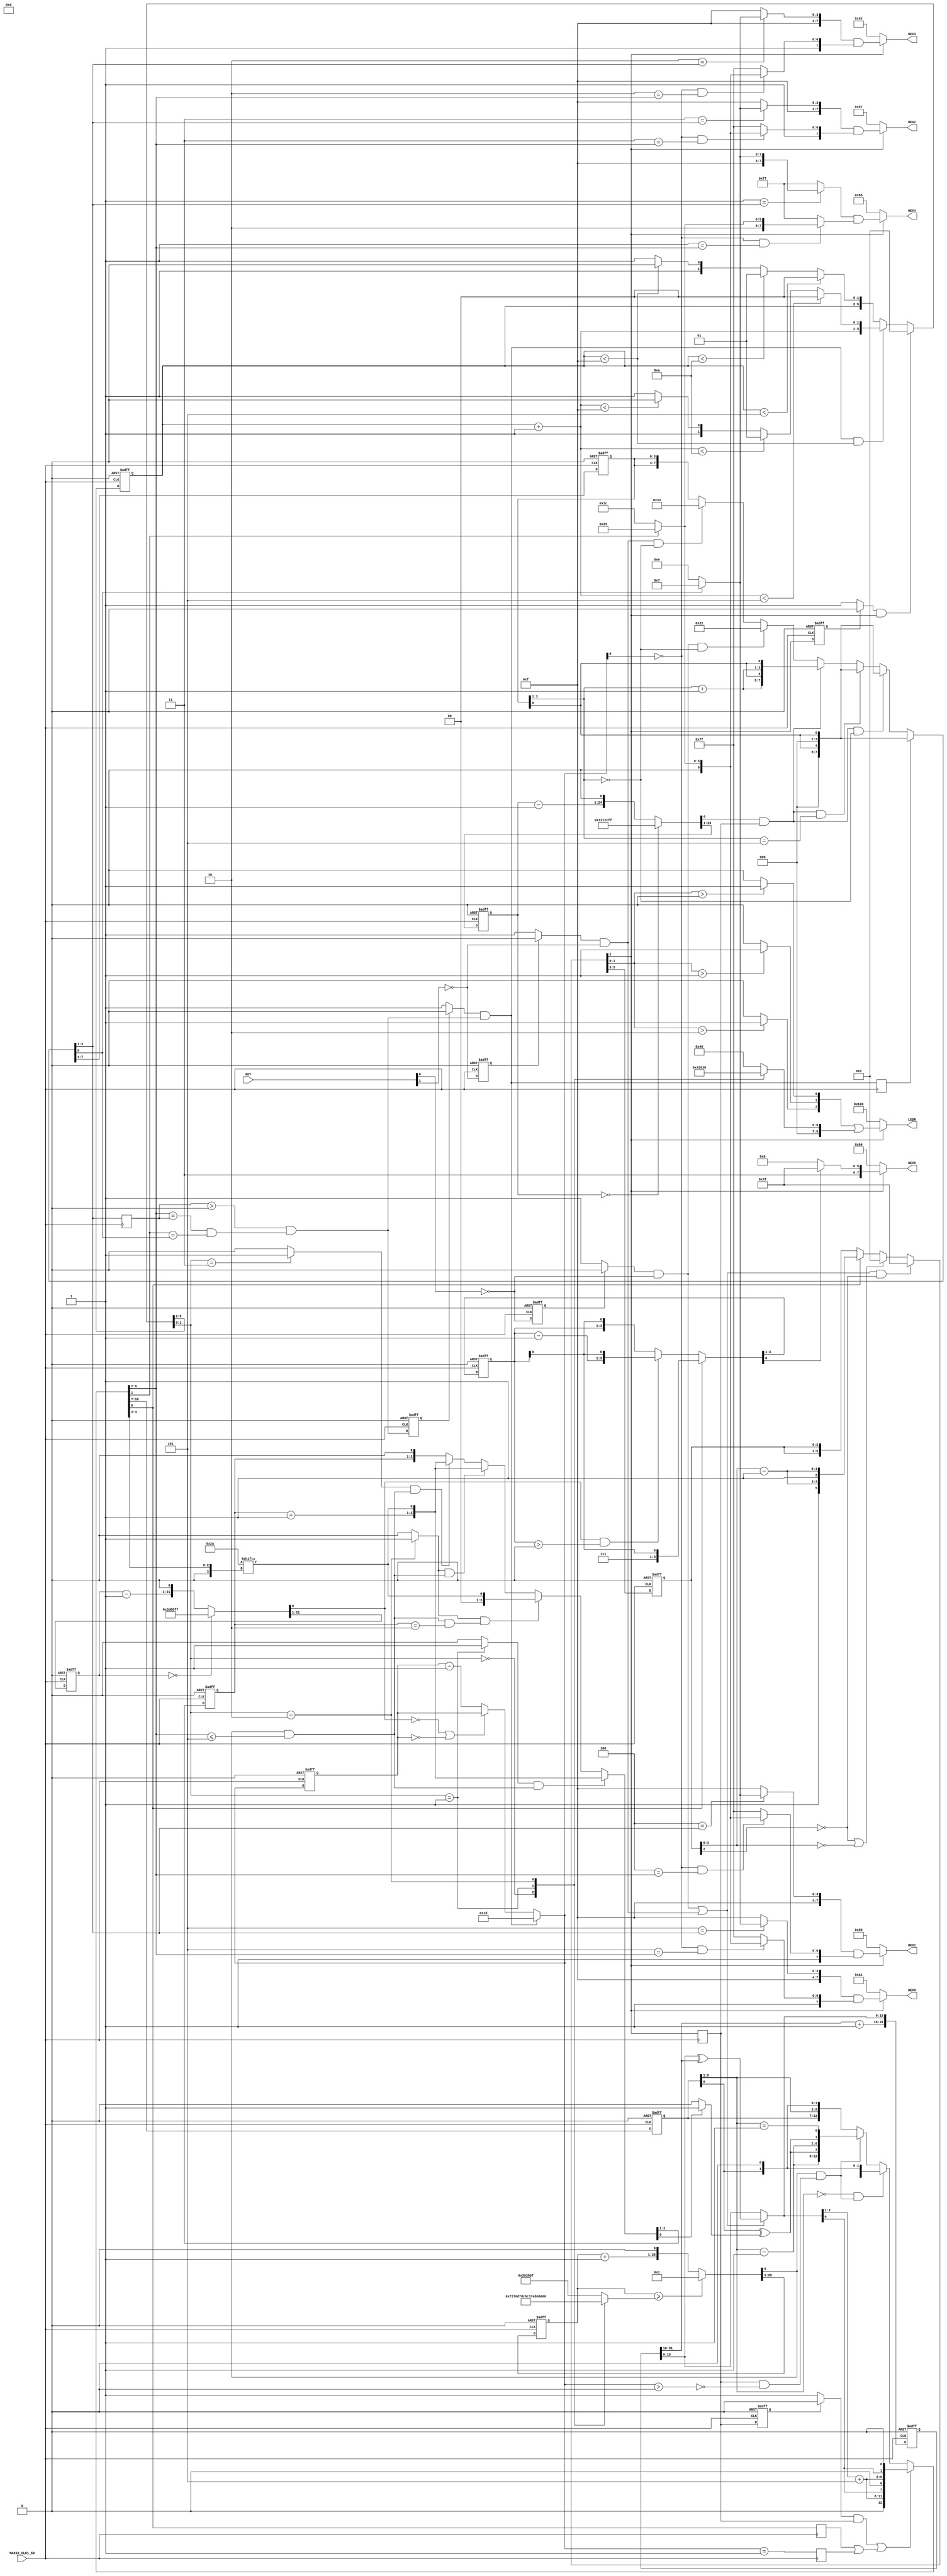
/* AUTOMATICALLY GENERATED VERILOG-2001 SOURCE CODE.
** GENERATED BY CLASH 1.6.4. DO NOT MODIFY.
*/
`timescale 100fs/100fs
module xasted
    ( // Inputs
      input  MAX10_CLK1_50 // clock
    , input [1:0] KEY

      // Outputs
    , output wire [7:0] HEX0
    , output wire [7:0] HEX1
    , output wire [7:0] HEX2
    , output wire [7:0] HEX3
    , output wire [7:0] HEX4
    , output wire [7:0] HEX5
    , output wire [9:0] LEDR
    );
  wire [9:0] result_0;
  wire [1:0] lives;
  wire [9:0] c$case_alt;
  reg [9:0] c$app_arg;
  wire [0:0] c$app_arg_0;
  wire [0:0] c$app_arg_1;
  wire [0:0] c$app_arg_2;
  wire [7:0] result_1;
  wire [7:0] result_2;
  wire [3:0] c$case_alt_0;
  wire [3:0] c$case_alt_1;
  wire  c$app_arg_3;
  reg [2:0] c$ds8_app_arg = 3'd0;
  wire [7:0] result_3;
  wire [2:0] bh;
  wire  bv;
  wire [4:0] ah;
  wire  av;
  wire  ahide;
  wire [7:0] c$case_alt_2;
  wire [7:0] c$case_alt_3;
  wire [7:0] c$case_alt_4;
  wire [7:0] c$app_arg_4;
  wire [7:0] c$case_alt_5;
  wire [7:0] result_4;
  wire [2:0] bh_0;
  wire  bv_0;
  wire [4:0] ah_0;
  wire  av_0;
  wire  ahide_0;
  wire [7:0] c$case_alt_6;
  wire [7:0] c$case_alt_7;
  wire [7:0] c$case_alt_8;
  wire [7:0] c$app_arg_5;
  wire [7:0] c$case_alt_9;
  wire [7:0] result_5;
  wire [2:0] bh_1;
  wire  bv_1;
  wire [4:0] ah_1;
  wire  av_1;
  wire  ahide_1;
  wire [7:0] c$case_alt_10;
  wire [7:0] c$case_alt_11;
  wire [7:0] c$case_alt_12;
  wire [7:0] c$app_arg_6;
  wire [7:0] c$case_alt_13;
  wire [7:0] result_6;
  wire [2:0] bh_2;
  wire  bv_2;
  wire [4:0] ah_2;
  wire  av_2;
  wire  ahide_2;
  wire [7:0] c$case_alt_14;
  wire [7:0] c$case_alt_15;
  wire [7:0] c$case_alt_16;
  wire [7:0] c$app_arg_7;
  wire [7:0] c$case_alt_17;
  wire [7:0] result_7;
  wire [2:0] bh_3;
  wire  bv_3;
  wire [4:0] ah_3;
  wire  av_3;
  wire  ahide_3;
  wire [7:0] c$case_alt_18;
  wire [7:0] c$case_alt_19;
  wire [7:0] c$case_alt_20;
  wire [7:0] c$app_arg_8;
  wire [7:0] c$case_alt_21;
  wire [10:0] positionsH;
  wire [0:0] bv_4;
  wire  result_8;
  wire [25:0] result_9;
  reg [24:0] maxVal;
  wire [1:0] level;
  wire [1:0] ds;
  wire [5:0] c$case_alt_22;
  wire  reset;
  wire [5:0] c$case_alt_23;
  wire  shot;
  wire [1:0] result_10;
  wire [1:0] c$case_alt_24;
  wire [1:0] c$case_alt_25;
  wire [3:0] c$app_arg_9;
  wire [1:0] c$app_arg_10;
  wire [1:0] c$case_alt_26;
  wire [1:0] c$case_alt_27;
  wire  c$app_arg_11;
  wire  c$ds6_app_arg;
  reg  old = 1'b0;
  wire  result_11;
  wire  c$shot_app_arg;
  reg  old_0 = 1'b0;
  wire  c$s_case_alt;
  wire  asteroidVPos;
  wire  bulletVPos;
  reg [2:0] c$ds_app_arg = 3'd0;
  wire [2:0] bulletHPos;
  wire [3:0] ds1;
  wire [7:0] c$case_alt_28;
  wire  remove;
  wire [7:0] c$case_alt_29;
  wire [7:0] c$case_alt_30;
  wire [7:0] c$case_alt_31;
  wire  move;
  wire [7:0] c$case_alt_32;
  wire  v;
  wire [7:0] c$case_alt_33;
  wire  fireTop;
  wire  fireBottom;
  wire  c$app_arg_12;
  wire [2:0] h;
  reg  c$ds8_app_arg_0 = 1'b0;
  reg  playingP = 1'b0;
  wire  playing;
  wire [1:0] ds1_0;
  wire [5:0] c$case_alt_34;
  wire [5:0] c$case_alt_35;
  wire  restart;
  wire [5:0] c$case_alt_36;
  wire  shipHit;
  wire [1:0] lives_0;
  wire  c$app_arg_13;
  wire  playing_0;
  wire  hitShip;
  wire [8:0] ds1_1;
  wire [12:0] c$case_alt_37;
  wire  reset_0;
  wire [12:0] c$case_alt_38;
  wire  iv;
  wire [4:0] ih;
  wire [12:0] c$case_alt_39;
  wire  move_0;
  wire  c$app_arg_14;
  wire [0:0] c$app_arg_15;
  wire  flipV;
  wire [4:0] c$app_arg_16;
  wire  v_0;
  wire [4:0] h_0;
  wire [15:0] c$ds8_app_arg_1;
  wire [15:0] rand;
  wire [15:0] counter;
  wire [15:0] randomValue;
  wire [15:0] \randomValue' ;
  wire [47:0] result_12;
  reg [31:0] c$ds9_app_arg = {16'b0000000000000000,   16'b0000000000000000};
  wire [5:0] ds_0;
  wire [2:0] c$case_alt_40;
  wire [2:0] c$case_alt_41;
  wire [2:0] c$case_alt_42;
  wire [2:0] c$case_alt_43;
  wire  c$app_arg_17;
  wire [2:0] pos;
  reg  c$app_arg_18;
  wire  tick;
  reg  c$app_arg_19;
  reg  c$app_arg_20;
  wire [1:0] level_0;
  wire [4:0] asteroidHPos;
  reg [1:0] c$ds7_app_arg = 2'd0;
  reg  c$ds8_app_arg_2 = 1'b0;
  reg  c$ds8_app_arg_3 = 1'b0;
  wire  c$ds8_app_arg_4;
  reg  old_1 = 1'b0;
  wire  asteroidTick;
  wire [4:0] flashCt;
  wire [4:0] \flashCount' ;
  wire [9:0] result_13;
  wire [4:0] \c$flashCount'_case_alt ;
  wire  flashTick;
  reg [4:0] c$ds4_app_arg = 5'd8;
  reg [5:0] c$ds8_app_arg_5 = {5'd9,   1'b0};
  reg [2:0] c$ds8_app_arg_6 = {1'b0,   2'd0};
  reg [24:0] result_14;
  reg [23:0] ds_1 = 24'd0;
  reg [3:0] c$ds8_app_arg_7 = {3'd0,   1'b0};
  reg [3:0] c$ds6_app_arg_0 = 4'd0;
  reg [24:0] count = 25'd0;
  reg [21:0] result_15;
  reg [20:0] ds_2 = 21'd0;
  wire  result_16;
  wire  c$fireTop_app_arg;
  reg  old_2 = 1'b0;
  wire  press0;
  wire  result_17;
  wire  c$fireBottom_app_arg;
  reg  old_3 = 1'b0;
  wire  press1;
  wire  c$old_app_arg;
  wire [2:0] c$bv;
  wire [4:0] c$bv_0;
  wire signed [63:0] c$i_148;
  wire [5:0] c$bv_1;
  wire [57:0] result;

  assign result = {result_7,   result_6,
                   result_5,   result_4,   result_3,   result_1,
                   result_0};

  assign result_0 = playing ? c$case_alt : 10'b0100000000;

  assign lives = c$case_alt_34[1:0];

  assign c$case_alt = ({7'b0000000,(({(c$app_arg_2),(({(c$app_arg_1),(c$app_arg_0)}))}))}) | c$app_arg;

  always @(*) begin
    case(level)
      2'b00 : c$app_arg = 10'b0000010000;
      2'b01 : c$app_arg = 10'b0000100000;
      2'b10 : c$app_arg = 10'b0000110000;
      default : c$app_arg = 10'b0001000000;
    endcase
  end

  assign c$app_arg_0 = (lives > 2'd0) ? 1'b1 : 1'b0;

  assign c$app_arg_1 = (lives > 2'd1) ? 1'b1 : 1'b0;

  assign c$app_arg_2 = (lives > 2'd2) ? 1'b1 : 1'b0;

  assign result_1 = playing ? result_2 : 8'b10110110;

  assign result_2 = c$case_alt_0[0:0] ? 8'b11111111 : 8'b11000110;

  assign c$case_alt_0 = hitShip ? {3'd7,
                                   c$app_arg_3} : c$case_alt_1;

  assign c$case_alt_1 = (flashTick & (c$ds8_app_arg > 3'd0)) ? {c$ds8_app_arg - 3'd1,
                                                                c$app_arg_3} : {c$ds8_app_arg,   c$app_arg_3};

  assign c$bv = (c$ds8_app_arg);

  assign c$app_arg_3 = (c$bv[64'sd0]) == (1'b1);

  // register begin
  always @(posedge MAX10_CLK1_50 or  posedge  c$old_app_arg) begin : c$ds8_app_arg_register
    if ( c$old_app_arg) begin
      c$ds8_app_arg <= 3'd0;
    end else begin
      c$ds8_app_arg <= c$case_alt_0[3:1];
    end
  end
  // register end

  assign result_3 = playing ? c$case_alt_2 : 8'b10001000;

  assign bh = positionsH[10:8];

  assign bv = positionsH[7:7];

  assign ah = positionsH[6:2];

  assign av = positionsH[1:1];

  assign ahide = positionsH[0:0];

  assign c$case_alt_2 = c$app_arg_4 & c$case_alt_3;

  assign c$case_alt_3 = ((~ ahide) & (5'd1 == ah)) ? c$case_alt_4 : 8'b11111111;

  assign c$case_alt_4 = (av == 1'b0) ? 8'b10011100 : 8'b10100011;

  assign c$app_arg_4 = (3'd1 == bh) ? c$case_alt_5 : 8'b11111111;

  assign c$case_alt_5 = (bv == 1'b0) ? 8'b11111110 : 8'b11110111;

  assign result_4 = playing ? c$case_alt_6 : 8'b10010010;

  assign bh_0 = positionsH[10:8];

  assign bv_0 = positionsH[7:7];

  assign ah_0 = positionsH[6:2];

  assign av_0 = positionsH[1:1];

  assign ahide_0 = positionsH[0:0];

  assign c$case_alt_6 = c$app_arg_5 & c$case_alt_7;

  assign c$case_alt_7 = ((~ ahide_0) & (5'd2 == ah_0)) ? c$case_alt_8 : 8'b11111111;

  assign c$case_alt_8 = (av_0 == 1'b0) ? 8'b10011100 : 8'b10100011;

  assign c$app_arg_5 = (3'd2 == bh_0) ? c$case_alt_9 : 8'b11111111;

  assign c$case_alt_9 = (bv_0 == 1'b0) ? 8'b11111110 : 8'b11110111;

  assign result_5 = playing ? c$case_alt_10 : 8'b10000111;

  assign bh_1 = positionsH[10:8];

  assign bv_1 = positionsH[7:7];

  assign ah_1 = positionsH[6:2];

  assign av_1 = positionsH[1:1];

  assign ahide_1 = positionsH[0:0];

  assign c$case_alt_10 = c$app_arg_6 & c$case_alt_11;

  assign c$case_alt_11 = ((~ ahide_1) & (5'd3 == ah_1)) ? c$case_alt_12 : 8'b11111111;

  assign c$case_alt_12 = (av_1 == 1'b0) ? 8'b10011100 : 8'b10100011;

  assign c$app_arg_6 = (3'd3 == bh_1) ? c$case_alt_13 : 8'b11111111;

  assign c$case_alt_13 = (bv_1 == 1'b0) ? 8'b11111110 : 8'b11110111;

  assign result_6 = playing ? c$case_alt_14 : 8'b10000110;

  assign bh_2 = positionsH[10:8];

  assign bv_2 = positionsH[7:7];

  assign ah_2 = positionsH[6:2];

  assign av_2 = positionsH[1:1];

  assign ahide_2 = positionsH[0:0];

  assign c$case_alt_14 = c$app_arg_7 & c$case_alt_15;

  assign c$case_alt_15 = ((~ ahide_2) & (5'd4 == ah_2)) ? c$case_alt_16 : 8'b11111111;

  assign c$case_alt_16 = (av_2 == 1'b0) ? 8'b10011100 : 8'b10100011;

  assign c$app_arg_7 = (3'd4 == bh_2) ? c$case_alt_17 : 8'b11111111;

  assign c$case_alt_17 = (bv_2 == 1'b0) ? 8'b11111110 : 8'b11110111;

  assign result_7 = playing ? c$case_alt_18 : 8'b10100001;

  assign bh_3 = positionsH[10:8];

  assign bv_3 = positionsH[7:7];

  assign ah_3 = positionsH[6:2];

  assign av_3 = positionsH[1:1];

  assign ahide_3 = positionsH[0:0];

  assign c$case_alt_18 = c$app_arg_8 & c$case_alt_19;

  assign c$case_alt_19 = ((~ ahide_3) & (5'd5 == ah_3)) ? c$case_alt_20 : 8'b11111111;

  assign c$case_alt_20 = (av_3 == 1'b0) ? 8'b10011100 : 8'b10100011;

  assign c$app_arg_8 = (3'd5 == bh_3) ? c$case_alt_21 : 8'b11111111;

  assign c$case_alt_21 = (bv_3 == 1'b0) ? 8'b11111110 : 8'b11110111;

  assign positionsH = {bulletHPos,   bulletVPos,
                       asteroidHPos,   asteroidVPos,   result_8};

  assign c$bv_0 = ((flashCt));

  assign bv_4 = (( c$bv_0[0] ));

  assign result_8 = bv_4 == 1'b1;

  assign result_9 = (count >= maxVal) ? {25'd0,
                                         1'b1} : {count + 25'd1,   1'b0};

  always @(*) begin
    case(level)
      2'b00 : maxVal = 25'd29999999;
      2'b01 : maxVal = 25'd14999999;
      2'b10 : maxVal = 25'd7499999;
      default : maxVal = 25'd3749999;
    endcase
  end

  assign level = c$case_alt_22[1:0];

  assign ds = {result_11,
               c$ds6_app_arg & playing};

  assign c$case_alt_22 = reset ? {4'd0,
                                  2'd0} : c$case_alt_23;

  assign reset = ds[0:0];

  assign c$case_alt_23 = (shot & c$app_arg_11) ? {c$app_arg_9,
                                                  result_10} : {c$ds6_app_arg_0,   c$app_arg_10};

  assign shot = ds[1:1];

  assign result_10 = (c$app_arg_9 < 4'd5) ? 2'd0 : c$case_alt_24;

  assign c$case_alt_24 = (c$app_arg_9 < 4'd10) ? 2'd1 : c$case_alt_25;

  assign c$case_alt_25 = (c$app_arg_9 < 4'd15) ? 2'd2 : 2'd3;

  assign c$app_arg_9 = c$ds6_app_arg_0 + 4'd1;

  assign c$app_arg_10 = (c$ds6_app_arg_0 < 4'd5) ? 2'd0 : c$case_alt_26;

  assign c$case_alt_26 = (c$ds6_app_arg_0 < 4'd10) ? 2'd1 : c$case_alt_27;

  assign c$case_alt_27 = c$app_arg_11 ? 2'd2 : 2'd3;

  assign c$app_arg_11 = c$ds6_app_arg_0 < 4'd15;

  assign c$ds6_app_arg = old ? 1'b0 : 1'b1;

  // register begin
  always @(posedge MAX10_CLK1_50 or  posedge  c$old_app_arg) begin : old_register
    if ( c$old_app_arg) begin
      old <= 1'b0;
    end else begin
      old <= playing;
    end
  end
  // register end

  assign result_11 = c$shot_app_arg & c$s_case_alt;

  assign c$shot_app_arg = old_0 ? 1'b0 : 1'b1;

  // register begin
  always @(posedge MAX10_CLK1_50 or  posedge  c$old_app_arg) begin : old_0_register
    if ( c$old_app_arg) begin
      old_0 <= 1'b0;
    end else begin
      old_0 <= c$s_case_alt;
    end
  end
  // register end

  assign c$s_case_alt = (c$ds_app_arg > 3'd0) & ((asteroidHPos == ({{(5-3) {1'b0}},c$ds_app_arg})) & (asteroidVPos == bulletVPos));

  assign asteroidVPos = c$case_alt_37[1:1];

  assign bulletVPos = c$case_alt_28[0:0];

  // delay begin
  always @(posedge MAX10_CLK1_50) begin : c$ds_app_arg_delay
    c$ds_app_arg <= bulletHPos;
  end
  // delay end

  assign bulletHPos = c$case_alt_28[3:1];

  assign ds1 = {result_14[0:0] & playingP,
                c$ds8_app_arg_0,   result_16,   result_17};

  assign c$case_alt_28 = remove ? {{3'd0,   v},
                                   {3'd0,   v}} : c$case_alt_29;

  assign remove = ds1[2:2];

  assign c$case_alt_29 = (move & c$app_arg_12) ? {{3'd0,
                                                   v},   {3'd0,   v}} : c$case_alt_30;

  assign c$case_alt_30 = (move & (h == 3'd5)) ? {{3'd0,
                                                  v},   {3'd0,   v}} : c$case_alt_31;

  assign c$case_alt_31 = move ? {{h + 3'd1,   v},
                                 {h + 3'd1,   v}} : c$case_alt_32;

  assign move = ds1[3:3];

  assign c$case_alt_32 = (fireTop & c$app_arg_12) ? {{3'd1,
                                                      1'b0},   {3'd1,   1'b0}} : c$case_alt_33;

  assign v = c$ds8_app_arg_7[0:0];

  assign c$case_alt_33 = (fireBottom & c$app_arg_12) ? {{3'd1,
                                                         1'b1},   {3'd1,   1'b1}} : {c$ds8_app_arg_7,
                                                                                     c$ds8_app_arg_7};

  assign fireTop = ds1[1:1];

  assign fireBottom = ds1[0:0];

  assign c$app_arg_12 = h == 3'd0;

  assign h = c$ds8_app_arg_7[3:1];

  // delay begin
  always @(posedge MAX10_CLK1_50) begin : c$ds8_app_arg_0_delay
    c$ds8_app_arg_0 <= result_11;
  end
  // delay end

  // delay begin
  always @(posedge MAX10_CLK1_50) begin : playingP_delay
    playingP <= playing;
  end
  // delay end

  assign playing = c$case_alt_34[2:2];

  assign ds1_0 = {hitShip,
                  result_16 | result_17};

  assign c$case_alt_34 = (restart & c$app_arg_13) ? {{1'b1,
                                                      2'd3},   {1'b1,   2'd3}} : c$case_alt_35;

  assign c$case_alt_35 = (c$app_arg_13 | (lives_0 == 2'd0)) ? {{1'b0,
                                                                2'd0},   {1'b0,   2'd0}} : c$case_alt_36;

  assign restart = ds1_0[0:0];

  assign c$case_alt_36 = shipHit ? {{1'b1,
                                     lives_0 - 2'd1},   {1'b1,
                                                         lives_0 - 2'd1}} : {c$ds8_app_arg_6,
                                                                             c$ds8_app_arg_6};

  assign shipHit = ds1_0[1:1];

  assign lives_0 = c$ds8_app_arg_6[1:0];

  assign c$app_arg_13 = ~ playing_0;

  assign playing_0 = c$ds8_app_arg_6[2:2];

  assign hitShip = c$case_alt_37[0:0];

  assign ds1_1 = {asteroidTick & (playingP & (~ (flashCt > 5'd0))),
                  (c$ds8_app_arg_4 & playingP) | (c$ds8_app_arg_3 | c$ds8_app_arg_2),
                  c$case_alt_40[0:0],
                  (({2'b00,(c$ds8_app_arg_1[3 : 1])})) + 5'd5,
                   c$ds8_app_arg_1[0] };

  assign c$case_alt_37 = reset_0 ? {{ih,   iv},
                                    {ih,   iv,   1'b0}} : c$case_alt_38;

  assign reset_0 = ds1_1[7:7];

  assign c$case_alt_38 = ((h_0 == 5'd0) & move_0) ? {{5'd0,
                                                      v_0},   {5'd0,   v_0,   1'b0}} : c$case_alt_39;

  assign iv = ds1_1[0:0];

  assign ih = ds1_1[5:1];

  assign c$case_alt_39 = move_0 ? {{c$app_arg_16,
                                    c$app_arg_14},   {c$app_arg_16,
                                                      c$app_arg_14,
                                                      h_0 == 5'd1}} : {c$ds8_app_arg_5,   {h_0,
                                                                                           v_0,   1'b0}};

  assign move_0 = ds1_1[8:8];

  assign c$app_arg_14 = v_0 ^ ((c$app_arg_15));

  assign c$app_arg_15 = flipV ? 1'b1 : 1'b0;

  assign flipV = ds1_1[6:6];

  assign c$app_arg_16 = h_0 - 5'd1;

  assign v_0 = c$ds8_app_arg_5[0:0];

  assign h_0 = c$ds8_app_arg_5[5:1];

  assign c$ds8_app_arg_1 = rand;

  assign rand = result_12[15:0];

  assign counter = c$ds9_app_arg[31:16];

  assign randomValue = c$ds9_app_arg[15:0];

  assign \randomValue'  = (result_16 | result_17) ? (randomValue ^ counter) : randomValue;

  assign result_12 = {{counter + 16'b0000000000000001,
                       \randomValue' },   \randomValue' };

  // register begin
  always @(posedge MAX10_CLK1_50 or  posedge  c$old_app_arg) begin : c$ds9_app_arg_register
    if ( c$old_app_arg) begin
      c$ds9_app_arg <= {16'b0000000000000000,   16'b0000000000000000};
    end else begin
      c$ds9_app_arg <= result_12[47:16];
    end
  end
  // register end

  assign c$i_148 = ($unsigned({{(64-5) {1'b0}},asteroidHPos}));

  assign ds_0 = {level,
                 $unsigned(c$i_148[0+:3]),
                 asteroidTick & (asteroidHPos <= 5'd5)};

  assign c$case_alt_40 = (c$app_arg_20 & tick) ? {c$ds7_app_arg + 2'd1,
                                                  c$app_arg_17} : c$case_alt_41;

  assign c$case_alt_41 = (c$app_arg_19 & (tick & (c$ds7_app_arg == 2'd2))) ? {2'd0,
                                                                              c$app_arg_17} : c$case_alt_42;

  assign c$case_alt_42 = (c$app_arg_19 & tick) ? {c$ds7_app_arg + 2'd1,
                                                  c$app_arg_17} : c$case_alt_43;

  assign c$case_alt_43 = (c$app_arg_18 & tick) ? {c$ds7_app_arg + 2'd1,
                                                  c$app_arg_17} : {c$ds7_app_arg,   1'b0};

  assign c$bv_1 = 6'b101010;

  assign c$app_arg_17 = (c$bv_1[($unsigned({{(64-3) {1'b0}},pos}))]) == (1'b1);

  assign pos = ds_0[3:1];

  always @(*) begin
    case(level_0)
      2'b11 : c$app_arg_18 = 1'b1;
      default : c$app_arg_18 = 1'b0;
    endcase
  end

  assign tick = ds_0[0:0];

  always @(*) begin
    case(level_0)
      2'b10 : c$app_arg_19 = 1'b1;
      default : c$app_arg_19 = 1'b0;
    endcase
  end

  always @(*) begin
    case(level_0)
      2'b01 : c$app_arg_20 = 1'b1;
      default : c$app_arg_20 = 1'b0;
    endcase
  end

  assign level_0 = ds_0[5:4];

  assign asteroidHPos = c$case_alt_37[6:2];

  // register begin
  always @(posedge MAX10_CLK1_50 or  posedge  c$old_app_arg) begin : c$ds7_app_arg_register
    if ( c$old_app_arg) begin
      c$ds7_app_arg <= 2'd0;
    end else begin
      c$ds7_app_arg <= c$case_alt_40[2:1];
    end
  end
  // register end

  // delay begin
  always @(posedge MAX10_CLK1_50) begin : c$ds8_app_arg_2_delay
    c$ds8_app_arg_2 <= (flashCt == 5'd1);
  end
  // delay end

  // delay begin
  always @(posedge MAX10_CLK1_50) begin : c$ds8_app_arg_3_delay
    c$ds8_app_arg_3 <= hitShip;
  end
  // delay end

  assign c$ds8_app_arg_4 = old_1 ? 1'b0 : 1'b1;

  // register begin
  always @(posedge MAX10_CLK1_50 or  posedge  c$old_app_arg) begin : old_1_register
    if ( c$old_app_arg) begin
      old_1 <= 1'b0;
    end else begin
      old_1 <= playingP;
    end
  end
  // register end

  assign asteroidTick = result_9[0:0];

  assign flashCt = result_13[4:0];

  assign \flashCount'  = result_11 ? 5'd29 : \c$flashCount'_case_alt ;

  assign result_13 = {\flashCount' ,
                      \flashCount' };

  assign \c$flashCount'_case_alt  = ((~ flashTick) | (c$ds4_app_arg == 5'd0)) ? c$ds4_app_arg : (c$ds4_app_arg - 5'd1);

  assign flashTick = result_15[0:0];

  // register begin
  always @(posedge MAX10_CLK1_50 or  posedge  c$old_app_arg) begin : c$ds4_app_arg_register
    if ( c$old_app_arg) begin
      c$ds4_app_arg <= 5'd8;
    end else begin
      c$ds4_app_arg <= result_13[9:5];
    end
  end
  // register end

  // register begin
  always @(posedge MAX10_CLK1_50 or  posedge  c$old_app_arg) begin : c$ds8_app_arg_5_register
    if ( c$old_app_arg) begin
      c$ds8_app_arg_5 <= {5'd9,   1'b0};
    end else begin
      c$ds8_app_arg_5 <= c$case_alt_37[12:7];
    end
  end
  // register end

  // register begin
  always @(posedge MAX10_CLK1_50 or  posedge  c$old_app_arg) begin : c$ds8_app_arg_6_register
    if ( c$old_app_arg) begin
      c$ds8_app_arg_6 <= {1'b0,   2'd0};
    end else begin
      c$ds8_app_arg_6 <= c$case_alt_34[5:3];
    end
  end
  // register end

  always @(*) begin
    case(ds_1)
      24'd0 : result_14 = {24'd9999999,   1'b1};
      default : result_14 = {ds_1 - 24'd1,   1'b0};
    endcase
  end

  // register begin
  always @(posedge MAX10_CLK1_50 or  posedge  c$old_app_arg) begin : ds_1_register
    if ( c$old_app_arg) begin
      ds_1 <= 24'd0;
    end else begin
      ds_1 <= result_14[24:1];
    end
  end
  // register end

  // register begin
  always @(posedge MAX10_CLK1_50 or  posedge  c$old_app_arg) begin : c$ds8_app_arg_7_register
    if ( c$old_app_arg) begin
      c$ds8_app_arg_7 <= {3'd0,   1'b0};
    end else begin
      c$ds8_app_arg_7 <= c$case_alt_28[7:4];
    end
  end
  // register end

  // register begin
  always @(posedge MAX10_CLK1_50 or  posedge  c$old_app_arg) begin : c$ds6_app_arg_0_register
    if ( c$old_app_arg) begin
      c$ds6_app_arg_0 <= 4'd0;
    end else begin
      c$ds6_app_arg_0 <= c$case_alt_22[5:2];
    end
  end
  // register end

  // register begin
  always @(posedge MAX10_CLK1_50 or  posedge  c$old_app_arg) begin : count_register
    if ( c$old_app_arg) begin
      count <= 25'd0;
    end else begin
      count <= result_9[25:1];
    end
  end
  // register end

  always @(*) begin
    case(ds_2)
      21'd0 : result_15 = {21'd1999999,   1'b1};
      default : result_15 = {ds_2 - 21'd1,   1'b0};
    endcase
  end

  // register begin
  always @(posedge MAX10_CLK1_50 or  posedge  c$old_app_arg) begin : ds_2_register
    if ( c$old_app_arg) begin
      ds_2 <= 21'd0;
    end else begin
      ds_2 <= result_15[21:1];
    end
  end
  // register end

  assign result_16 = c$fireTop_app_arg & press0;

  assign c$fireTop_app_arg = old_2 ? 1'b0 : 1'b1;

  // register begin
  always @(posedge MAX10_CLK1_50 or  posedge  c$old_app_arg) begin : old_2_register
    if ( c$old_app_arg) begin
      old_2 <= 1'b0;
    end else begin
      old_2 <= press0;
    end
  end
  // register end

  assign press0 = ~ ((KEY[64'sd0]) == (1'b1));

  assign result_17 = c$fireBottom_app_arg & press1;

  assign c$fireBottom_app_arg = old_3 ? 1'b0 : 1'b1;

  // register begin
  always @(posedge MAX10_CLK1_50 or  posedge  c$old_app_arg) begin : old_3_register
    if ( c$old_app_arg) begin
      old_3 <= 1'b0;
    end else begin
      old_3 <= press1;
    end
  end
  // register end

  assign press1 = ~ ((KEY[64'sd1]) == (1'b1));

  assign c$old_app_arg = 1'b0;

  assign HEX0 = result[57:50];

  assign HEX1 = result[49:42];

  assign HEX2 = result[41:34];

  assign HEX3 = result[33:26];

  assign HEX4 = result[25:18];

  assign HEX5 = result[17:10];

  assign LEDR = result[9:0];


endmodule